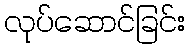
လုပ်ဆောင်ခြင်း